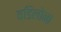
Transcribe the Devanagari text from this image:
वडिलोना